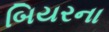
બિયરના